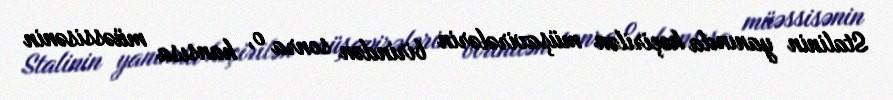
Stalinin yanında keçirilən müşavirələrin birindən sonra o, hansısa müəssisənin